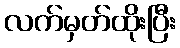
လက်မှတ်ထိုးပြီး